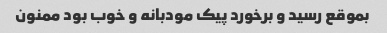
بموقع رسید و برخورد پیک مودبانه و خوب بود ممنون